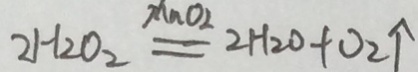
2 H _ { 2 } O _ { 2 } \xlongequal { M n O _ { 2 } } 2 H _ { 2 } O + O _ { 2 } \uparrow